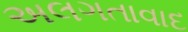
અલગતાવાદ